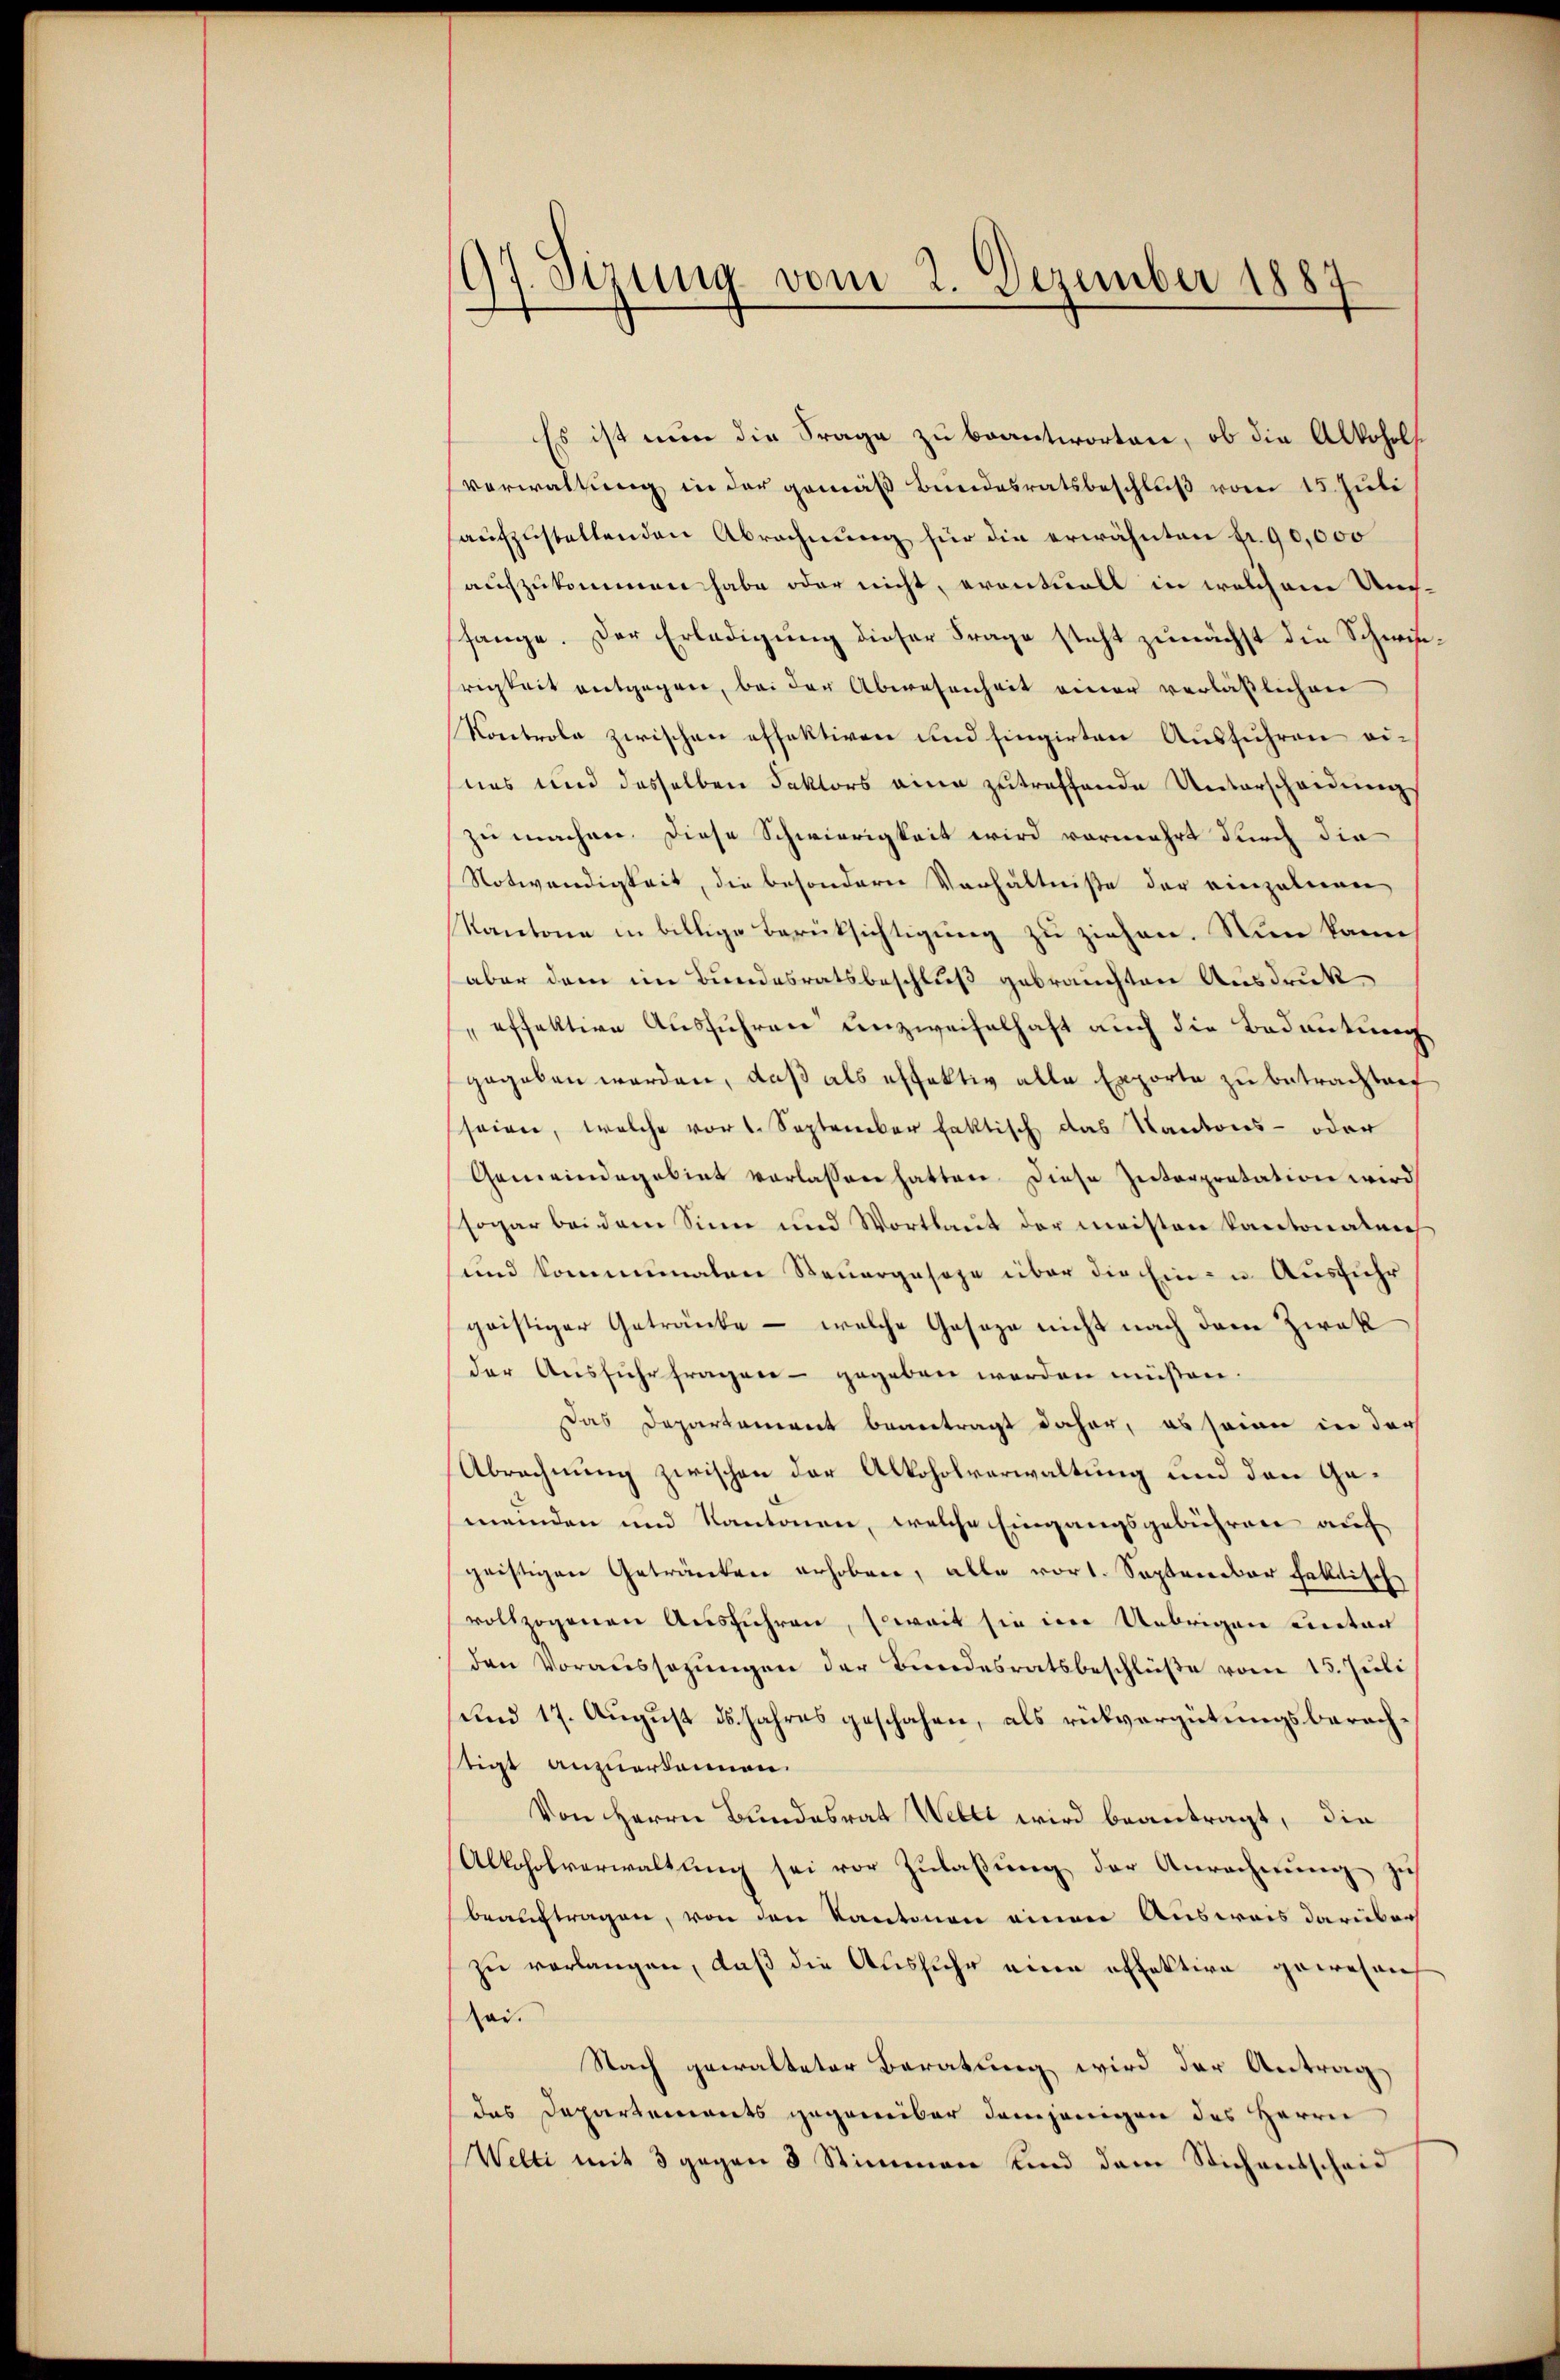
97. Sizung vom 2. Dezember 1887

Es ist nun die Frage zu beantworten, ob die Alkohol
verwaltung in der gemäβ Bŭndesratsbeschlŭβ vom 15. Juli
aufzustellenden Abrechnung für die erwähnten fr. 90,000
aufzukommen habe oder nicht, eventuell in welchem Umfange. Der Erledigung dieser Frage steht zunächst die Schwierigkeit entgegen, bei der Abwesenheit einer verläßlichen
Kontrole zwischen effektiven und singirten Ausführen ei-
nes und dasselben Faktors eine zutreffende Unterscheidŭng
zu machen. Diese Schwierigkeit wird vermehrt durch die
Notwendigkeit, die besondern Verhältniße der einzelnen
Kantone in billige Berücksichtigung zu ziehen. Nun kann
aber dem im Bundesratsbeschluß gebrauchten Ausdruck
effektive Ausführen unzweifelhaft auch die Bedeutung
gegeben werden, daß als effektiv alle Exporte zu betrachten
seien, welche vor 1. September faktisch das Kantons- oder
Gemeindegebiet verlassen hatten. Diese Interpretation wird
sogar bei dem Sinn und Wortlaut der meisten kantonalen
und kommenalen Steuergesage über die Ein- u. Ausführ
geistiger Getränke - welche Geseze nicht nach dem Zwek
der Ausführ fragen - gegeben werden müßen.
Das Departament beantragt daher, es seine in der
Abrechnung zwischen der Alkoholverwaltung und den Gemeinden und Kantonen, welche Eingangsgebühren auf
geistigen Getränken erhoben, alle vort. September faktische
vollzogenen Ausführen, soweit sie im Uebrigen unter
den Voraussagŭngen der Bundesratsbeschlüβe vom 15. Juli
und 17. August 15. Jahres geschehen, als rükvergütungsberachstigt anzuerkennen.
Von Herrn Bundesrat Welti wird beantragt, die
Alkoholverwaltŭng sei vor Zŭlaβŭng der Anrechnŭng zu
beauftragen, von den Kantonen einen Ausweis darüber
zu verlangen, daß die Ausfuhr eine offektive gewesen
ar.
Nach gewalteter Beratung wird der Antrag
das Departements gegenüber demjenigen des Herrn
Welti mit 3 gegen 8 Stimmen und dem Stichentscheid